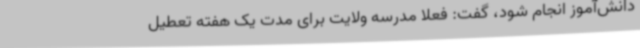
دانش‌آموز انجام شود، گفت: فعلا مدرسه ولایت برای مدت یک هفته تعطیل